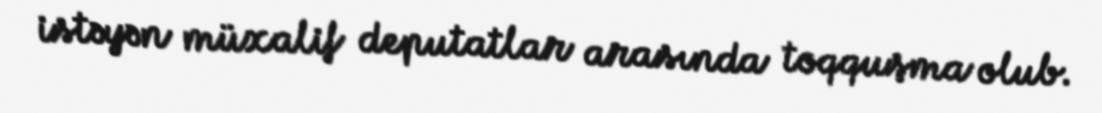
istəyən müxalif deputatlar arasında toqquşma olub.